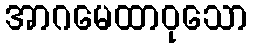
အာဂမေထာဝုသော